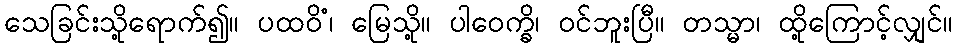
သေခြင်းသို့ရောက်၍။ ပထဝိံ၊ မြေသို့။ ပါဝေက္ခိ၊ ဝင်ဘူးပြီ။ တသ္မာ၊ ထို့ကြောင့်လျှင်။